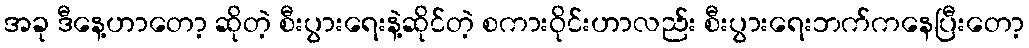
အခု ဒီနေ့ဟာတော့ ဆိုတဲ့ စီးပွားရေးနဲ့ဆိုင်တဲ့ စကားဝိုင်းဟာလည်း စီးပွားရေးဘက်ကနေပြီးတော့